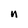
Character: n